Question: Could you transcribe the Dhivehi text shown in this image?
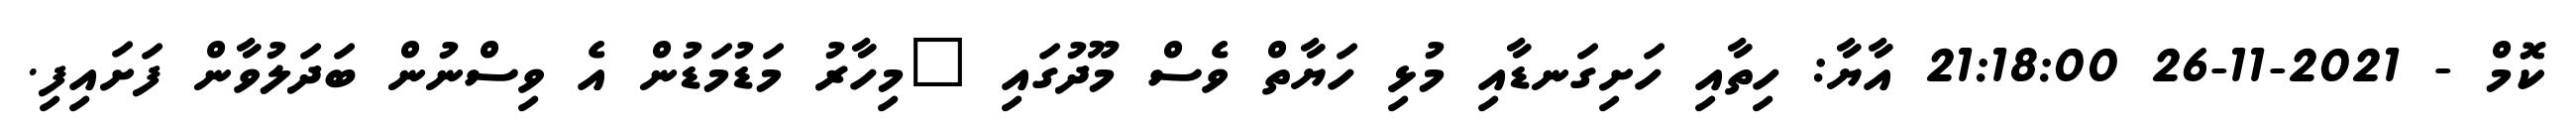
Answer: ކޮމް - 2021-11-26 21:18:00 އާޔާ: ހިތާއި ހަށިގަނޑާއި މުޅި ހަޔާތް ވެސް މޫދުގައި "މިހާރު މަޑުމަޑުން އެ ވިސްނުން ބަދަލުވާން ފަށައިފި.